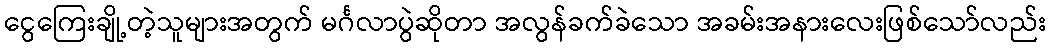
ငွေကြေးချို့တဲ့သူများအတွက် မင်္ဂလာပွဲဆိုတာ အလွန်ခက်ခဲသော အခမ်းအနားလေးဖြစ်သော်လည်း